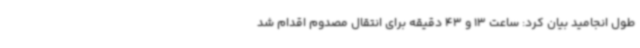
طول انجامید بیان کرد: ساعت 13 و 43 دقیقه برای انتقال مصدوم اقدام شد